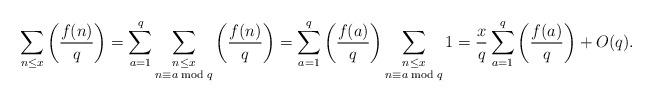
LaTeX: \begin{align*}\sum_{n\leq x} \left(\frac{f(n)}{q}\right) = \sum_{a=1}^q\sum_{\substack{n\leq x\\ n\equiv a \bmod q}}\left(\frac{f(n)}{q}\right)= \sum_{a=1}^q\left(\frac{f(a)}{q}\right)\sum_{\substack{n\leq x\\ n\equiv a \bmod q}}1= \frac{x}{q} \sum_{a=1}^q\left(\frac{f(a)}{q}\right) + O(q).\end{align*}